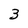
Character: 3